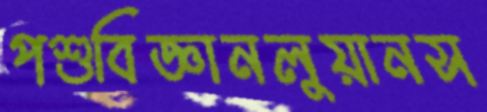
পশুবিজ্ঞানলুয়ানস